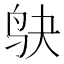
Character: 𫛞